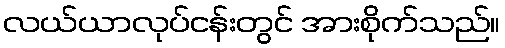
လယ်ယာလုပ်ငန်းတွင် အားစိုက်သည်။